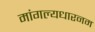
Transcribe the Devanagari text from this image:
मांगल्यधारनम